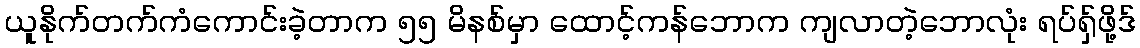
ယူနိုက်တက်ကံကောင်းခဲ့တာက ၅၅ မိနစ်မှာ ထောင့်ကန်ဘောက ကျလာတဲ့ဘောလုံး ရပ်ရှ်ဖို့ဒ်